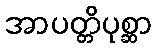
အာပတ္တိပုစ္ဆာ